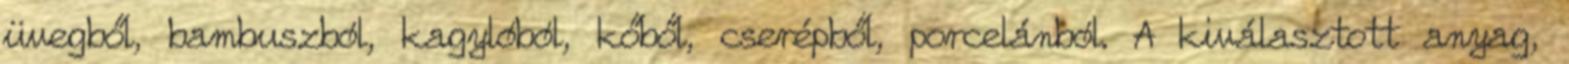
üvegből, bambuszból, kagylóból, kőből, cserépből, porcelánból. A kiválasztott anyag,